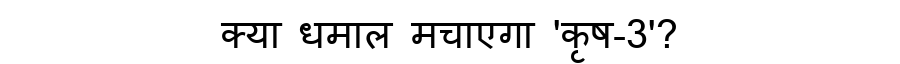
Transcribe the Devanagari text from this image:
क्या धमाल मचाएगा 'कृष-3'?